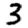
Digit: 3